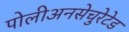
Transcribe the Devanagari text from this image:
पोलीअनसेचुरेटेड